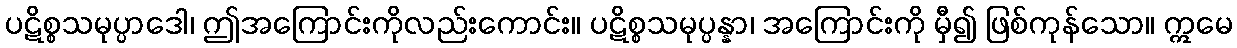
ပဋိစ္စသမုပ္ပာဒေါ၊ ဤအကြောင်းကိုလည်းကောင်း။ ပဋိစ္စသမုပ္ပန္နာ၊ အကြောင်းကို မှီ၍ ဖြစ်ကုန်သော။ ဣမေ